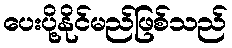
ပေးပို့နိုင်မည်ဖြစ်သည်